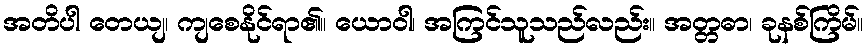
အတိပါ တေယျ၊ ကျစေနိုင်ရာ၏။ ယောဝါ၊ အကြင်သူသည်လည်း။ အတ္တဓာ၊ ခုနစ်ကြိမ်။